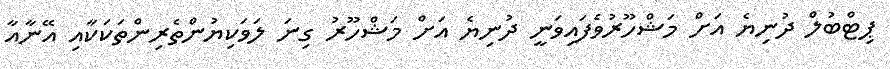
ޕިޓްބުލް ދުނިޔެ އަށް މަޝްހޫރުވެފައިވަނީ ދުނިޔެ އަށް މަޝްހޫރު ގިނަ ލަވަކިޔުންތެރިންތަކަކާއި އޭނާއާ